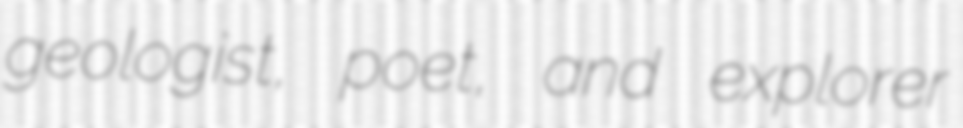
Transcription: geologist, poet, and explorer